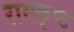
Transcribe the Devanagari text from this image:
रामकृष्ट